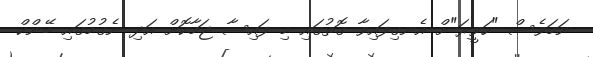
ނަމަވެސް "ހަވީރަ"ށް އެނގިފައިވާ ގޮތުގައި މި ފައިސާ ޖަމާކޮށް އަދި ނެގުމުގައި ބޭންކް